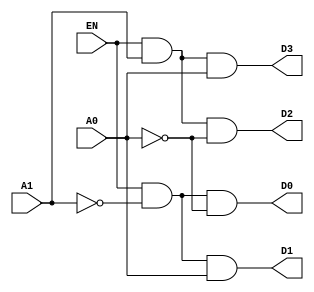
module decoder_4(EN, A0, A1, D0, D1, D2, D3);
  input EN, A0, A1;
  output D0, D1, D2, D3;
  assign D0 =(EN & ~A1 & ~A0);
  assign D1 =(EN & ~A1 & A0);
  assign D2 =(EN & A1 & ~A0);
  assign D3 =(EN & A1 & A0);
endmodule